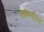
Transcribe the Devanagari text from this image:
शामनावाद